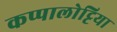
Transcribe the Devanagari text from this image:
कप्पालोट्टिया